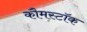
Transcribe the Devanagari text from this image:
कौमस्टॉक